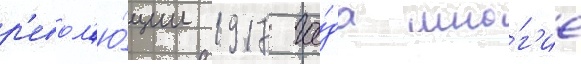
р'евол'ю́ции 1917 го́да мно́г'ие